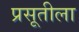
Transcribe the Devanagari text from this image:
प्रसूतीला